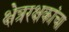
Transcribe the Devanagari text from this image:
क्षेत्ररक्षकांचा